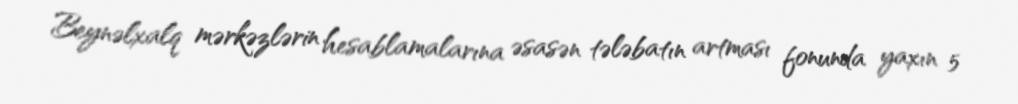
Beynəlxalq mərkəzlərin hesablamalarına əsasən tələbatın artması fonunda yaxın 5